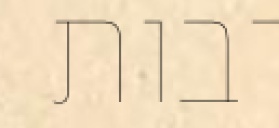
רבות